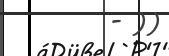
- ))